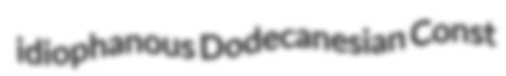
idiophanous Dodecanesian Const